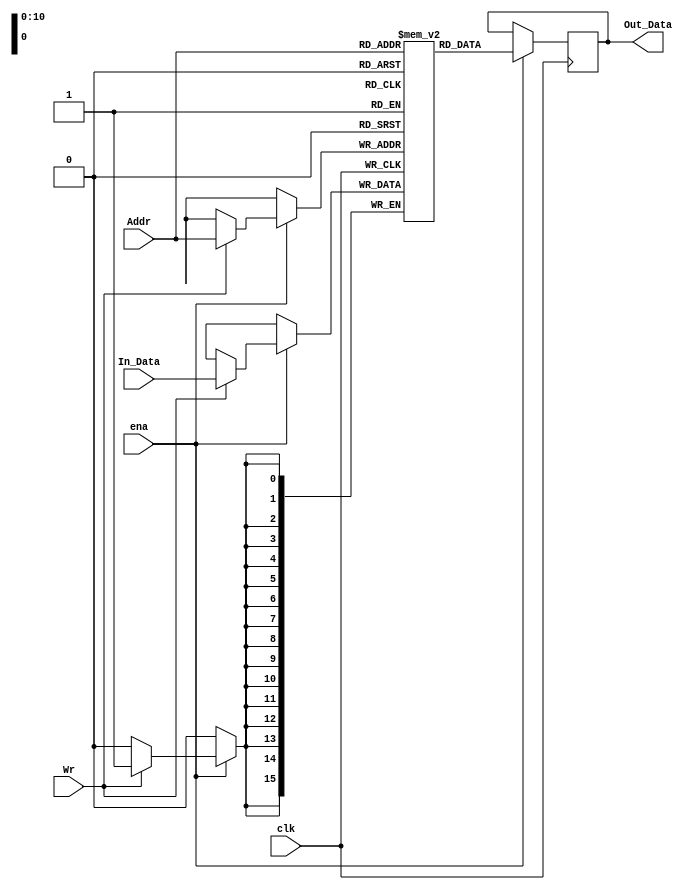
`timescale 1ns / 1ps
//////////////////////////////////////////////////////////////////////////////////
// Company: 
// Engineer: 
// 
// Design Name: 
// Module Name: sinc_memory
// Project Name: 
// Target Devices: 
// Tool Versions: 
// Description: 
// 
// Dependencies: 
// 
// Revision:
// Revision 0.01 - File Created
// Additional Comments:
// 
//////////////////////////////////////////////////////////////////////////////////


module Program_memory
#(
parameter RAM_WIDTH = 16,                  // Specify RAM data width
parameter RAM_DEPTH = 2048,
//parameter ADDR_NB = $clog2(RAM_DEPTH),                  // Specify RAM depth (number of entries) 
parameter INIT_FILE = ""                       // Specify name/location of RAM initialization file if using one (leave blank if not)

)
(
input Wr, clk, ena,
input [10:0] Addr,
input [15:0] In_Data,
output [15:0] Out_Data
  );


  //  Xilinx Single Port Read First RAM
  //  This code implements a parameterizable single-port read-first memory where when data
  //  is written to the memory, the output reflects the prior contents of the memory location.
  //  If the output data is not needed during writes or the last read value is desired to be
  //  retained, it is suggested to set WRITE_MODE to NO_CHANGE as it is more power efficient.
  //  If a reset or enable is not necessary, it may be tied off or removed from the code.
  //  Modify the parameters for the desired RAM characteristics.

    
  //reg [ADDR_NB-1:0] addra;  // Address bus, width determined from RAM_DEPTH
  //reg [RAM_WIDTH-1:0] dina;           // RAM input data
  //reg clka;                           // Clock
  //reg wea;                            // Write enable
  //reg ena;                            // RAM Enable, for additional power savings, disable port when not in use
  //reg rsta;                           // Output reset (does not affect memory contents)
  //reg regcea;                         // Output register enable
  //wire [RAM_WIDTH-1:0] douta;                   // RAM output data

  reg [RAM_WIDTH-1:0] ram_name [RAM_DEPTH-1:0];
  reg [RAM_WIDTH-1:0] ram_data = {RAM_WIDTH{1'b0}};

  // The following code either initializes the memory values to a specified file or to all zeros to match hardware
  generate
    if (INIT_FILE != "") begin: use_init_file
      initial
        $readmemh(INIT_FILE, ram_name, 0, RAM_DEPTH-1);
    end else begin: init_bram_to_zero
      integer ram_index;
      initial
        for (ram_index = 0; ram_index < RAM_DEPTH; ram_index = ram_index + 1)
          ram_name[ram_index] = {RAM_WIDTH{1'b0}};
    end
  endgenerate

  always @(posedge clk)
    if (ena) begin
      if (Wr) ram_name[Addr] <= In_Data;
      ram_data <= ram_name[Addr];
    end

assign Out_Data= ram_data;

endmodule